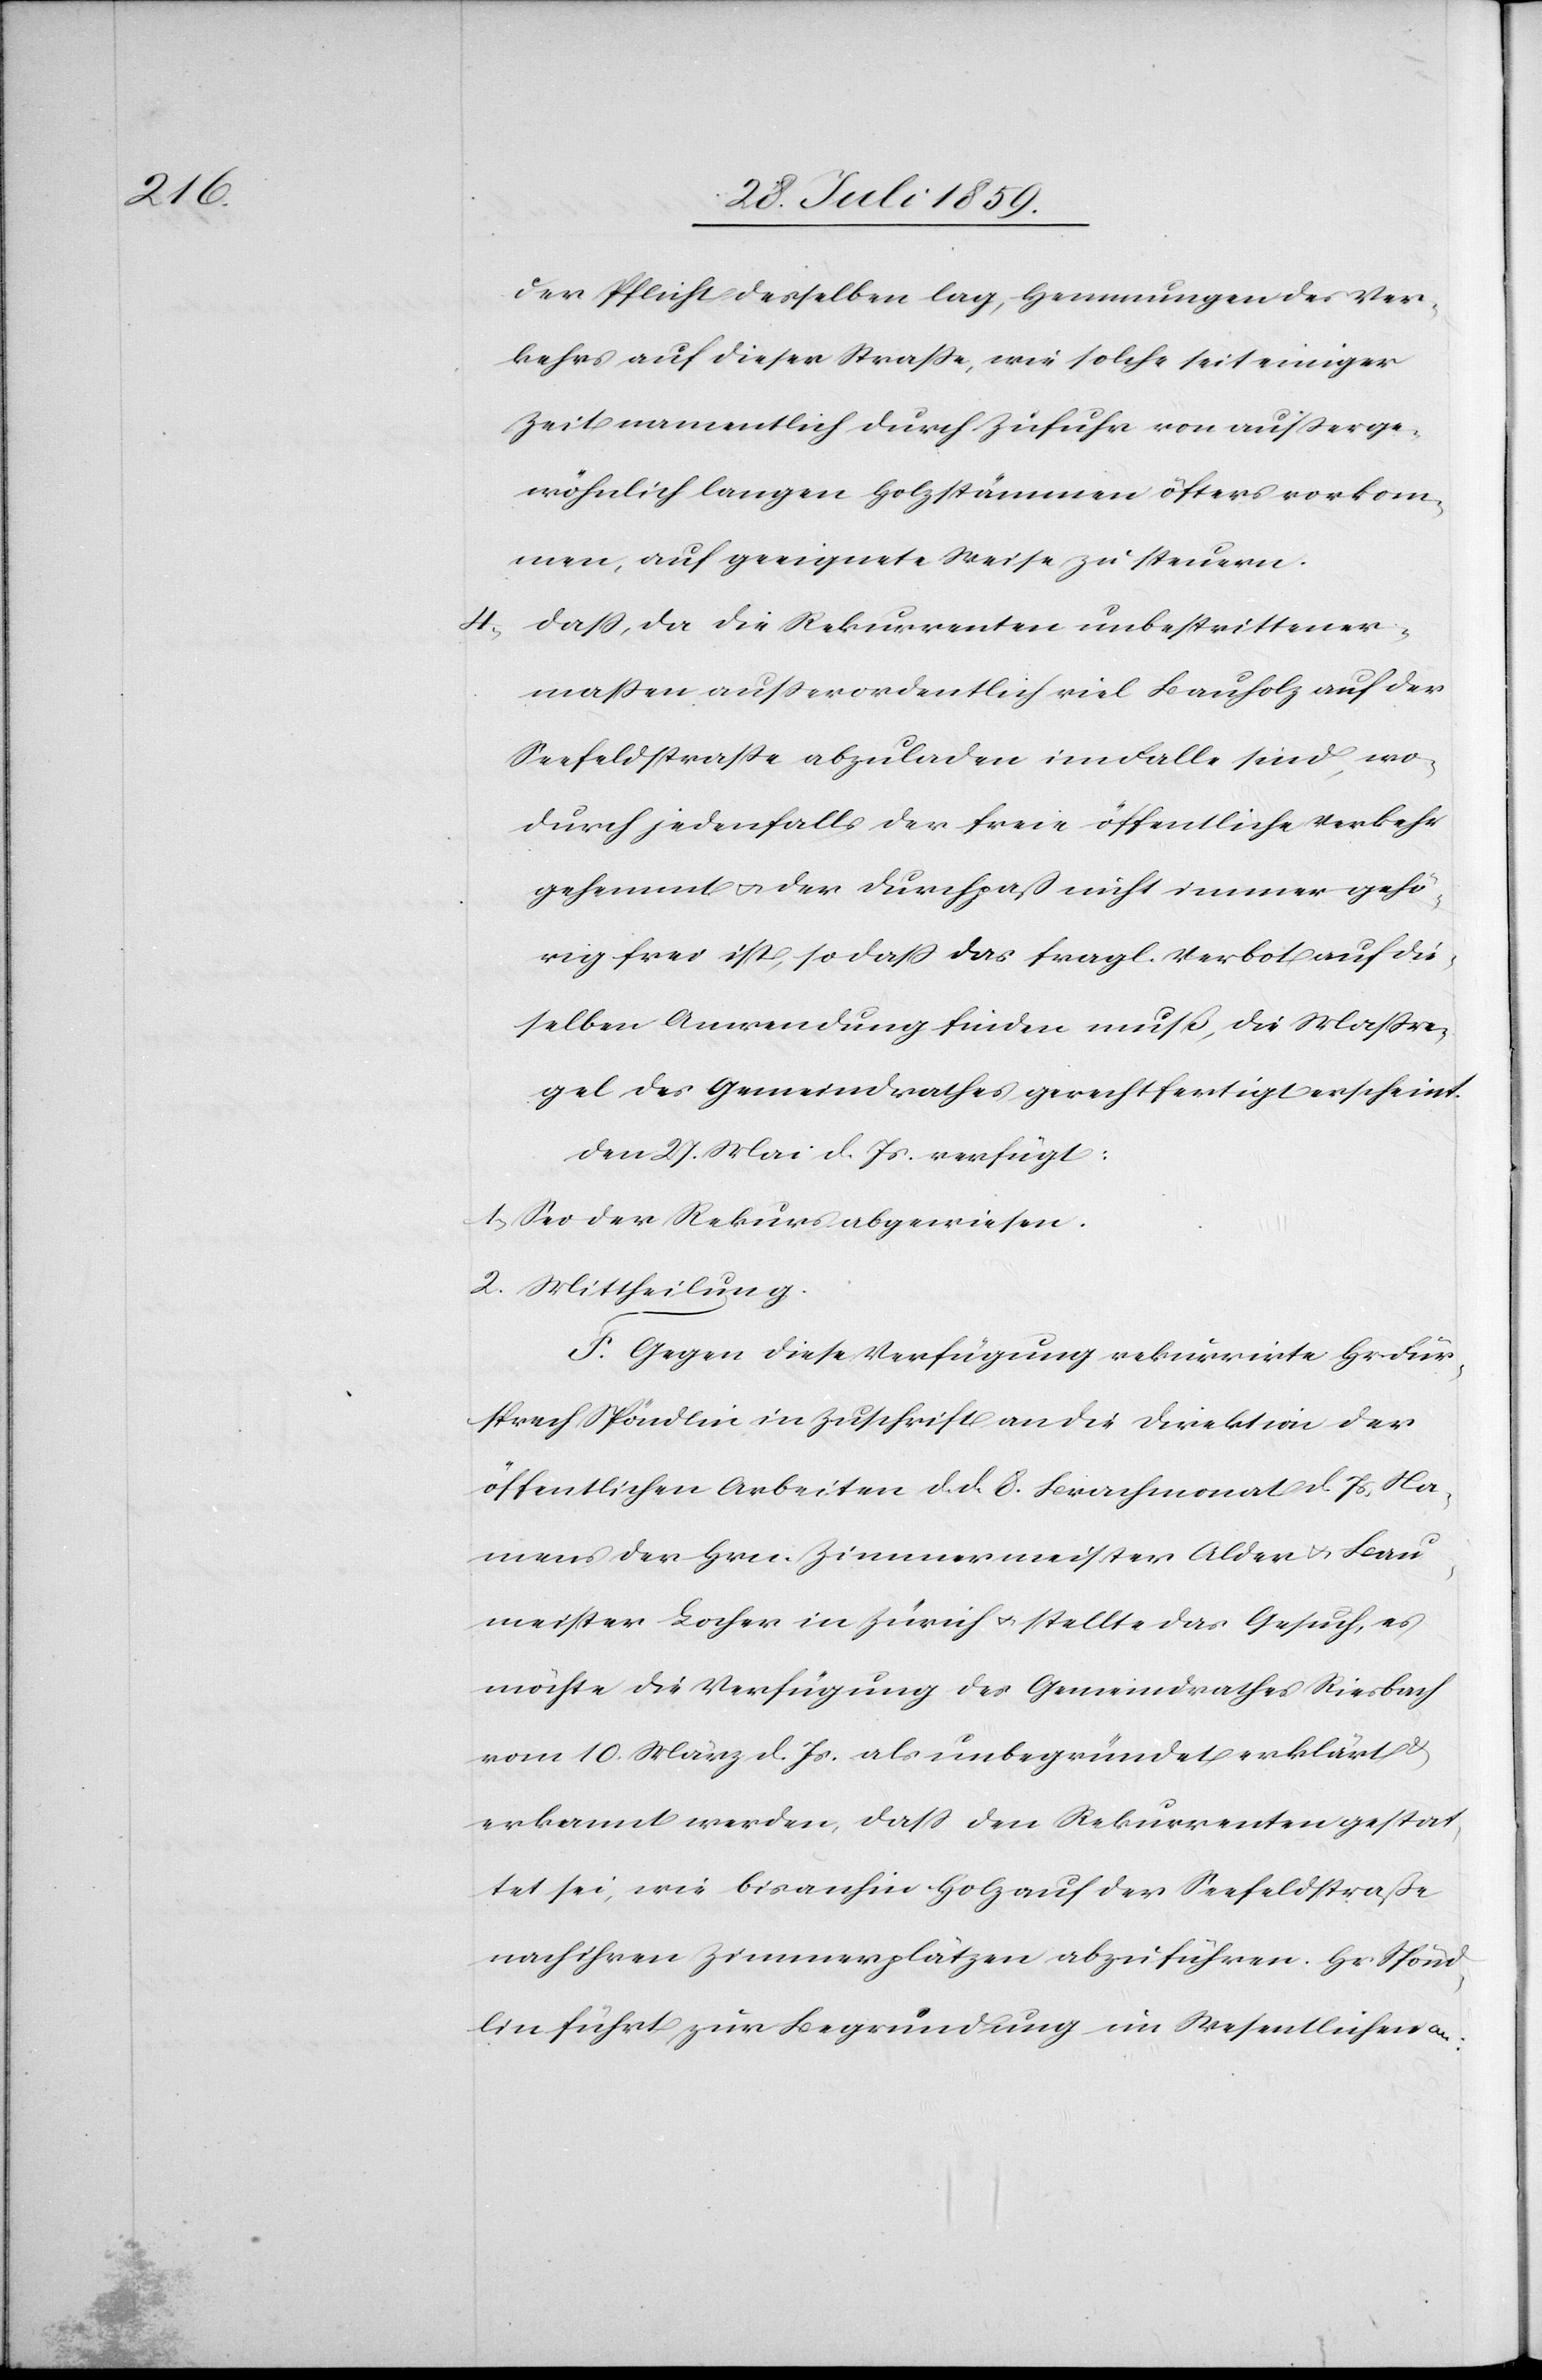
der Pflicht desselben lag, Hemmungen des Ver¬
kehrs auf dieser Straße, wie solche seit einiger
Zeit namentlich durch Zufuhr von außerge¬
wöhnlich langen Holzstämmen öfters vorkom¬
men, auf geeignete Weise zu steuern.
4. Daß, da die Rekurrenten unbestrittener¬
maßen außerordentlich viel Bauholz auf der
Seefeldstraße abzuladen im Falle sind wo¬
durch jedenfalls der freie öffentliche Verkehr
gehemmt u. der Durchpaß nicht immer gehö¬
rig frei ist, so daß das fragl. Verbot auf die
selben Anwendung finden muß, die Maßre¬
gel des Gemeindrathes gerechtfertigt erscheint.
Den 27. Mai d. Js. verfügt:
1. Sei der Rekurs abgewiesen.
2. Mittheilung.
F. Gegen diese Verfügung rekurrirte Hr. Für¬
sprech Spöndlin in Zuschrift an die Direktion der
öffentlichen Arbeiten d. d. 8. Brachmonat d. Js. Na¬
mens der Hrn. Zimmermeister Alder u. Bau¬
meister Locher in Zürich u. stellte das Gesuch, es
möchte die Verfügung des Gemeindrathes Riesbach
vom 10. März d. Js. als unbegründet erklärt
erkannt werden, daß den Rekurrenten gestat¬
tet sei, wie bisanhin Holz auf der Seefeldstraße
nach ihren Zimmerplätzen abzuführen. Hr. Spönd¬
lin führt zur Begründung im Wesentlichen an: